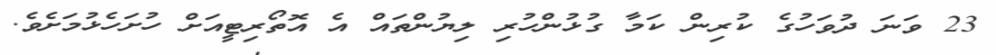
23 ވަނަ ދުވަހުގެ ކުރިން ކަމާ ގުޅުންހުރި ލިޔުންތައް އެ އޮތޯރިޓީއަށް ހުށަހެޅުމަށެވެ.